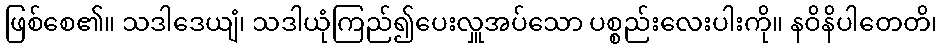
ဖြစ်စေ၏။ သဒါဒေယျံ၊ သဒါယုံကြည်၍ပေးလှူအပ်သော ပစ္စည်းလေးပါးကို။ နဝိနိပါတေတိ၊